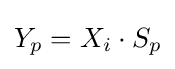
Y_{p}=X_{i}\cdot S_{p}